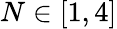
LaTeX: N\in[1,4]